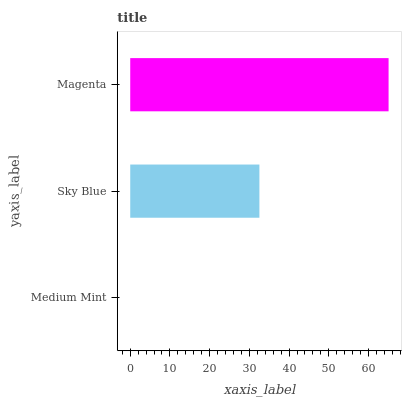
| yaxis_label | bars |
 | --- | --- |
 | Medium Mint | 0 |
 | Sky Blue | 32.5 |
 | Magenta | 65.1 |